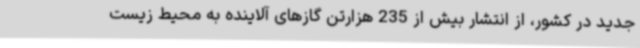
جدید در کشور، از انتشار بیش از 235 هزارتن گازهای آلاینده به محیط زیست